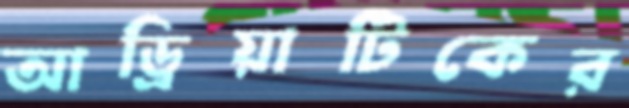
আড্রিয়াটিকের